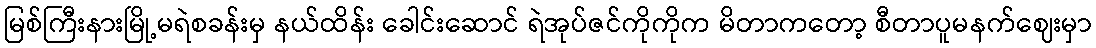
မြစ်ကြီးနားမြို့မရဲစခန်းမှ နယ်ထိန်း ခေါင်းဆောင် ရဲအုပ်ဇင်ကိုကိုက မိတာကတော့ စီတာပူမနက်ဈေးမှာ